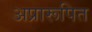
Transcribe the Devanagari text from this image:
अप्रारूपित